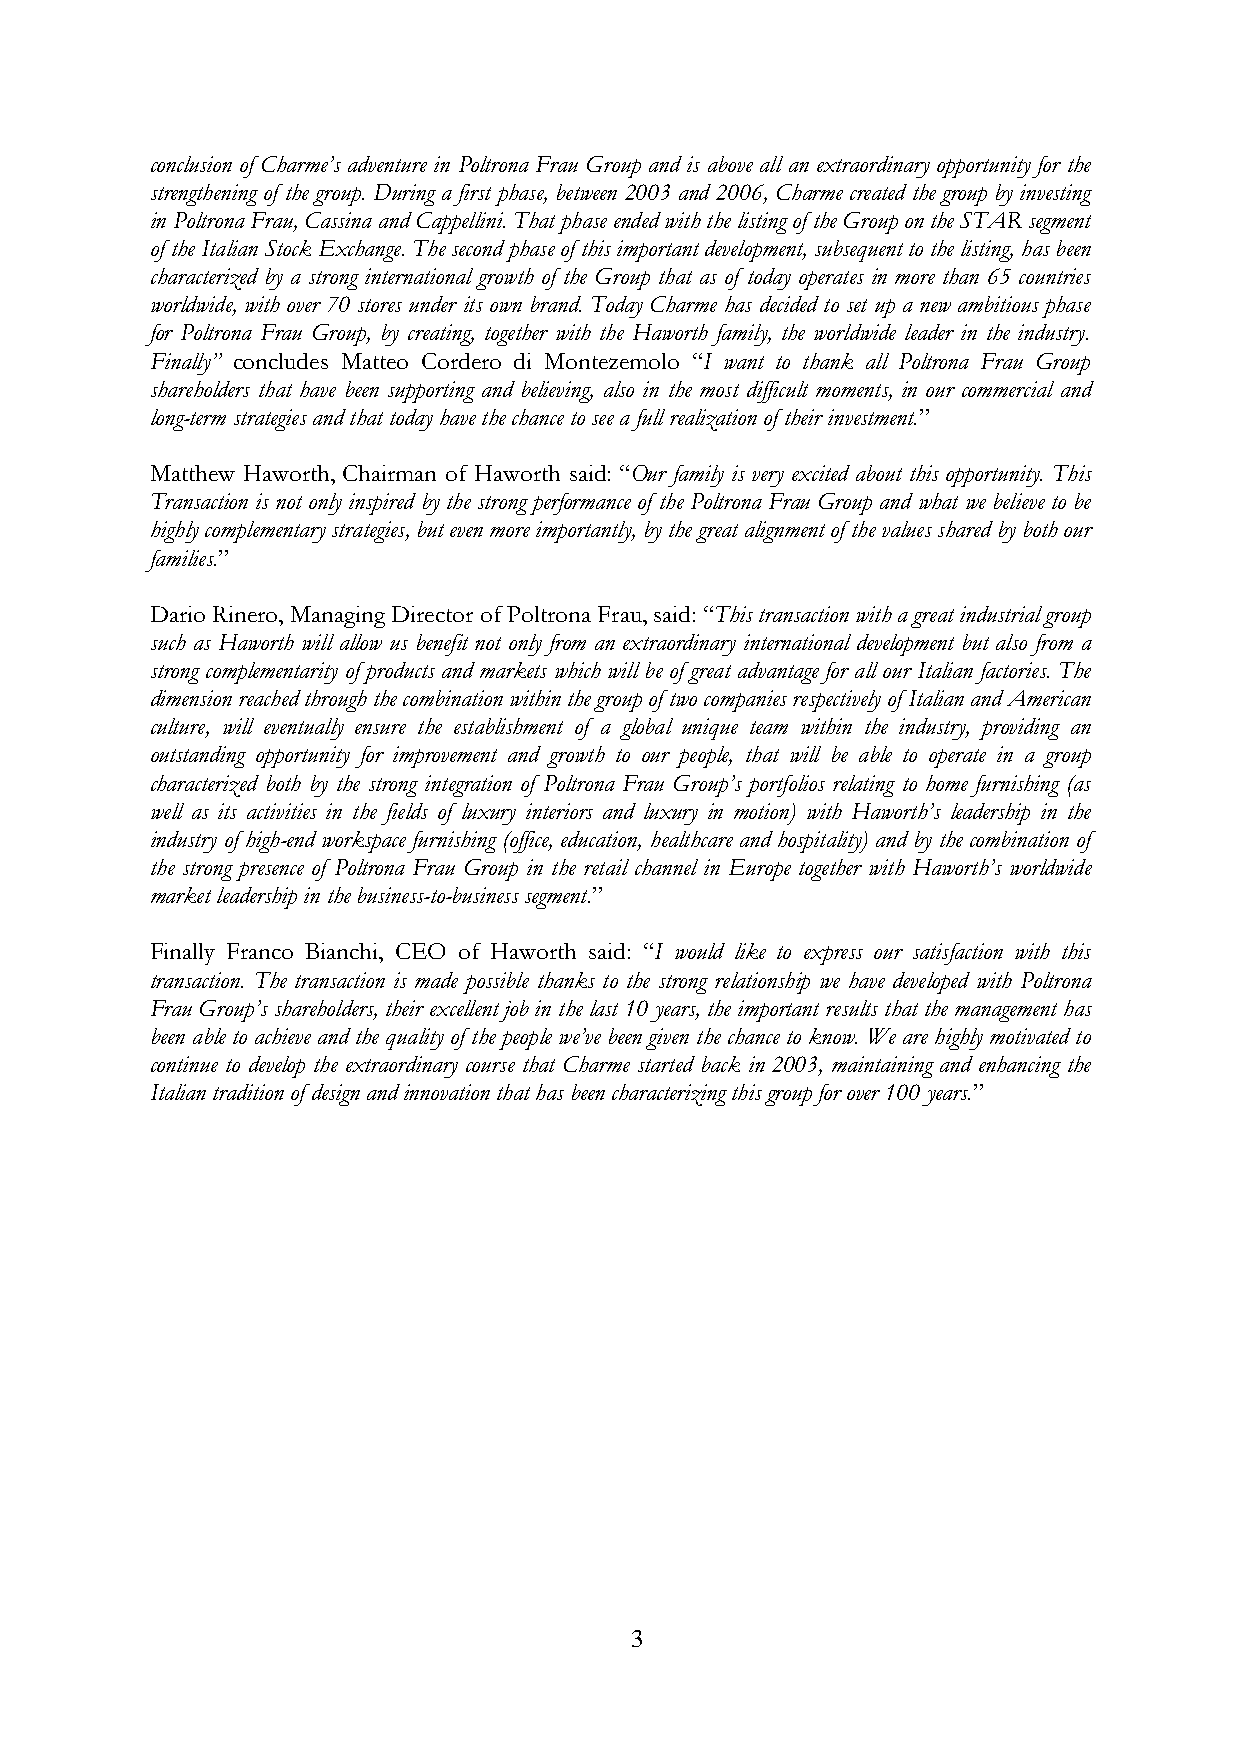
conclusion of Charme’s adventure in Poltrona Frau Group and is above all an extraordinary opportunity for the
 strengthening of the group. During a first phase, between 2003 and 2006, Charme created the group by investing
 in Poltrona Frau, Cassina and Cappellini. That phase ended with the listing of the Group on the STAR segment
 of the Italian Stock Exchange. The second phase of this important development, subsequent to the listing, has been
 characterized by a strong international growth of the Group that as of today operates in more than 65 countries
 worldwide, with over 70 stores under its own brand. Today Charme has decided to set up a new ambitious phase
 for Poltrona Frau Group, by creating, together with the Haworth family, the worldwide leader in the industry.
 Finally” concludes Matteo Cordero di Montezemolo “I want to thank all Poltrona Frau Group
 shareholders that have been supporting and believing, also in the most difficult moments, in our commercial and
 long-term strategies and that today have the chance to see a full realization of their investment.”
 Matthew Haworth, Chairman of Haworth said: “Our family is very excited about this opportunity. This
 Transaction is not only inspired by the strong performance of the Poltrona Frau Group and what we believe to be
 highly complementary strategies, but even more importantly, by the great alignment of the values shared by both our
 families.”
 Dario Rinero, Managing Director of Poltrona Frau, said: “This transaction with a great industrial group
 such as Haworth will allow us benefit not only from an extraordinary international development but also from a
 strong complementarity of products and markets which will be of great advantage for all our Italian factories. The
 dimension reached through the combination within the group of two companies respectively of Italian and American
 culture, will eventually ensure the establishment of a global unique team within the industry, providing an
 outstanding opportunity for improvement and growth to our people, that will be able to operate in a group
 characterized both by the strong integration of Poltrona Frau Group’s portfolios relating to home furnishing (as
 well as its activities in the fields of luxury interiors and luxury in motion) with Haworth’s leadership in the
 industry of high-end workspace furnishing (office, education, healthcare and hospitality) and by the combination of
 the strong presence of Poltrona Frau Group in the retail channel in Europe together with Haworth’s worldwide
 market leadership in the business-to-business segment.”
 Finally Franco Bianchi, CEO of Haworth said: “I would like to express our satisfaction with this
 transaction. The transaction is made possible thanks to the strong relationship we have developed with Poltrona
 Frau Group’s shareholders, their excellent job in the last 10 years, the important results that the management has
 been able to achieve and the quality of the people we’ve been given the chance to know. We are highly motivated to
 continue to develop the extraordinary course that Charme started back in 2003, maintaining and enhancing the
 Italian tradition of design and innovation that has been characterizing this group for over 100 years.”
 3